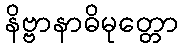
နိဗ္ဗာနာဓိမုတ္တော